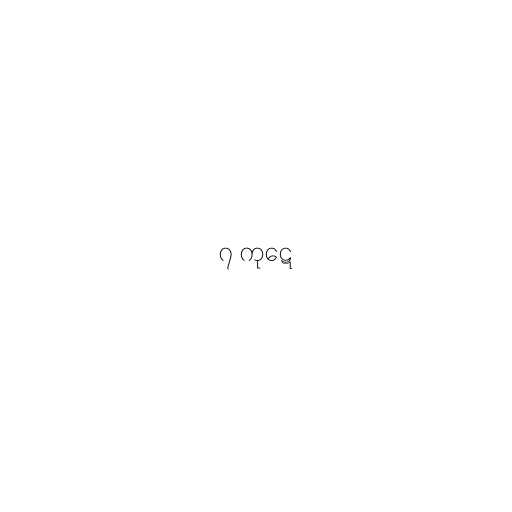
၇ ကုဋေ